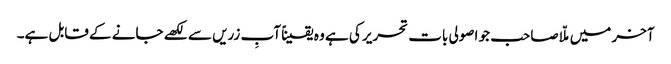
آخر میں ملّا صاحب جو اصولی بات تحریر کی ہے وہ یقیناً آبِ زریں سے لکھے جانے کے قابل ہے۔